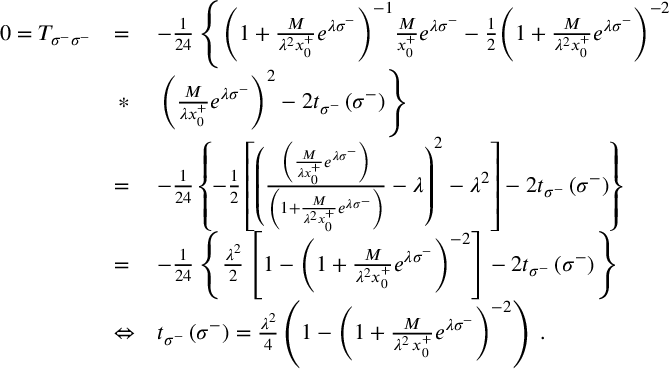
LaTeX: \begin{array} { l l l } { { 0 = T _ { \sigma ^ { - } \sigma ^ { - } } } } & { { = } } & { { - { \frac { 1 } { 2 4 } } \left\{ { \left( 1 + { \frac { M } { \lambda ^ { 2 } x _ { 0 } ^ { + } } } e ^ { \lambda \sigma ^ { - } } \right) } ^ { - 1 } { \frac { M } { x _ { 0 } ^ { + } } } e ^ { \lambda \sigma ^ { - } } - { \frac { 1 } { 2 } } { \left( 1 + { \frac { M } { \lambda ^ { 2 } x _ { 0 } ^ { + } } } e ^ { \lambda \sigma ^ { - } } \right) } ^ { - 2 } \right. } } \\ { { \ } } & { { \, * } } & { { \left. { \left( { \frac { M } { \lambda x _ { 0 } ^ { + } } } e ^ { \lambda \sigma ^ { - } } \right) } ^ { 2 } - 2 t _ { \sigma ^ { - } } \left( \sigma ^ { - } \right) \right\} } } \\ { { \ } } & { { = } } & { { - { \frac { 1 } { 2 4 } } \left\{ - { \frac { 1 } { 2 } } \left[ { \left( \frac { \left( { \frac { M } { \lambda x _ { 0 } ^ { + } } } e ^ { \lambda \sigma ^ { - } } \right) } { \left( 1 + { \frac { M } { \lambda ^ { 2 } x _ { 0 } ^ { + } } } e ^ { \lambda \sigma ^ { - } } \right) } - \lambda \right) } ^ { 2 } - \lambda ^ { 2 } \right] - 2 t _ { \sigma ^ { - } } \left( \sigma ^ { - } \right) \right\} } } \\ { { \ } } & { { = } } & { { - { \frac { 1 } { 2 4 } } \left\{ { \frac { \lambda ^ { 2 } } { 2 } } \left[ 1 - { \left( 1 + { \frac { M } { \lambda ^ { 2 } x _ { 0 } ^ { + } } } e ^ { \lambda \sigma ^ { - } } \right) } ^ { - 2 } \right] - 2 t _ { \sigma ^ { - } } \left( \sigma ^ { - } \right) \right\} } } \\ { { \ } } & { { \Leftrightarrow } } & { { t _ { \sigma ^ { - } } \left( \sigma ^ { - } \right) = { \frac { \lambda ^ { 2 } } { 4 } } \left( 1 - { \left( 1 + { \frac { M } { \lambda ^ { 2 } \, x _ { 0 } ^ { + } } } e ^ { \lambda \sigma ^ { - } } \right) } ^ { - 2 } \right) \; . } } \end{array}